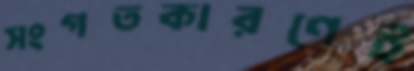
সংগতকারণেই